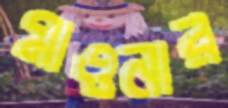
মাওনার